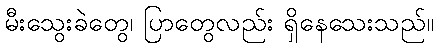
မီးသွေးခဲတွေ၊ ပြာတွေလည်း ရှိနေသေးသည်။